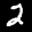
Label: 2